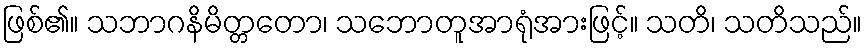
ဖြစ်၏။ သဘာဂနိမိတ္တတော၊ သဘောတူအာရုံအားဖြင့်။ သတိ၊ သတိသည်။